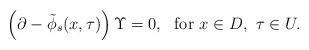
LaTeX: \begin{align*}\left(\partial- \tilde{\phi}_s (x , \tau )\right)\Upsilon =0 ,\,\, \mbox{ for } x\in D, \,\, \tau\in U .\end{align*}